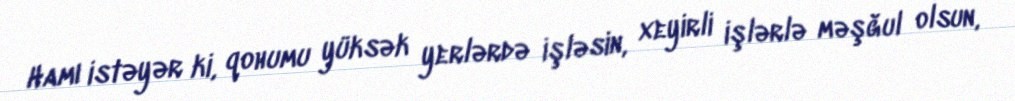
Hamı istəyər ki, qohumu yüksək yerlərdə işləsin, xeyirli işlərlə məşğul olsun,